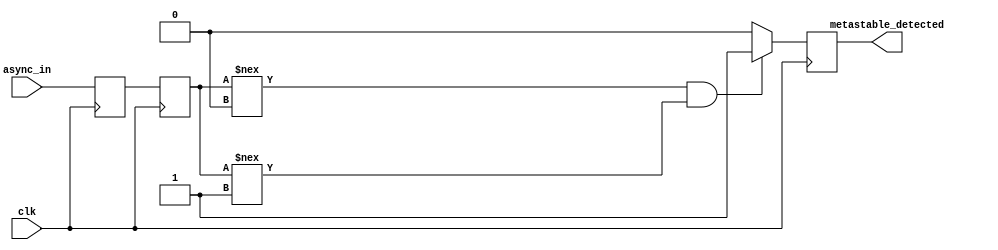
module metastability_detector (
    input wire clk,            // Clock signal
    input wire async_in,      // Asynchronous input signal
    output reg metastable_detected // Output signal indicating metastability
);

    // Internal signals for the flip-flops
    reg ff1_out;              // Output of the first flip-flop
    reg ff2_out;              // Output of the second flip-flop

    // Flip-Flop 1: Sample the asynchronous input
    always @(posedge clk) begin
        ff1_out <= async_in; // Sample async_in on the rising edge of clk
    end

    // Flip-Flop 2: Sample the output of the first flip-flop
    always @(posedge clk) begin
        ff2_out <= ff1_out;   // Sample ff1_out on the rising edge of clk
    end

    // Metastability detection logic
    always @(posedge clk) begin
        // Check if ff2_out is stable
        if (ff2_out !== 1'b0 && ff2_out !== 1'b1) begin
            metastable_detected <= 1'b1; // Metastability detected
        end else begin
            metastable_detected <= 1'b0; // No metastability
        end
    end

endmodule